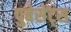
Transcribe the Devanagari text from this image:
पुबेसेंट्स